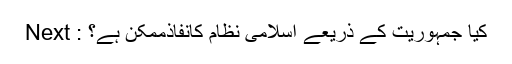
Next : کیا جمہوریت کے ذریعے اسلامی نظام کانفاذممکن ہے؟